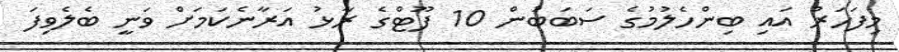
މިފަހަރު އައި ބިންހެލުމުގެ ސަބަބުން 10 ފޫޓްގެ ރާޅު އަރާނެކަމަށް ވަނީ ބެލެވިފަ